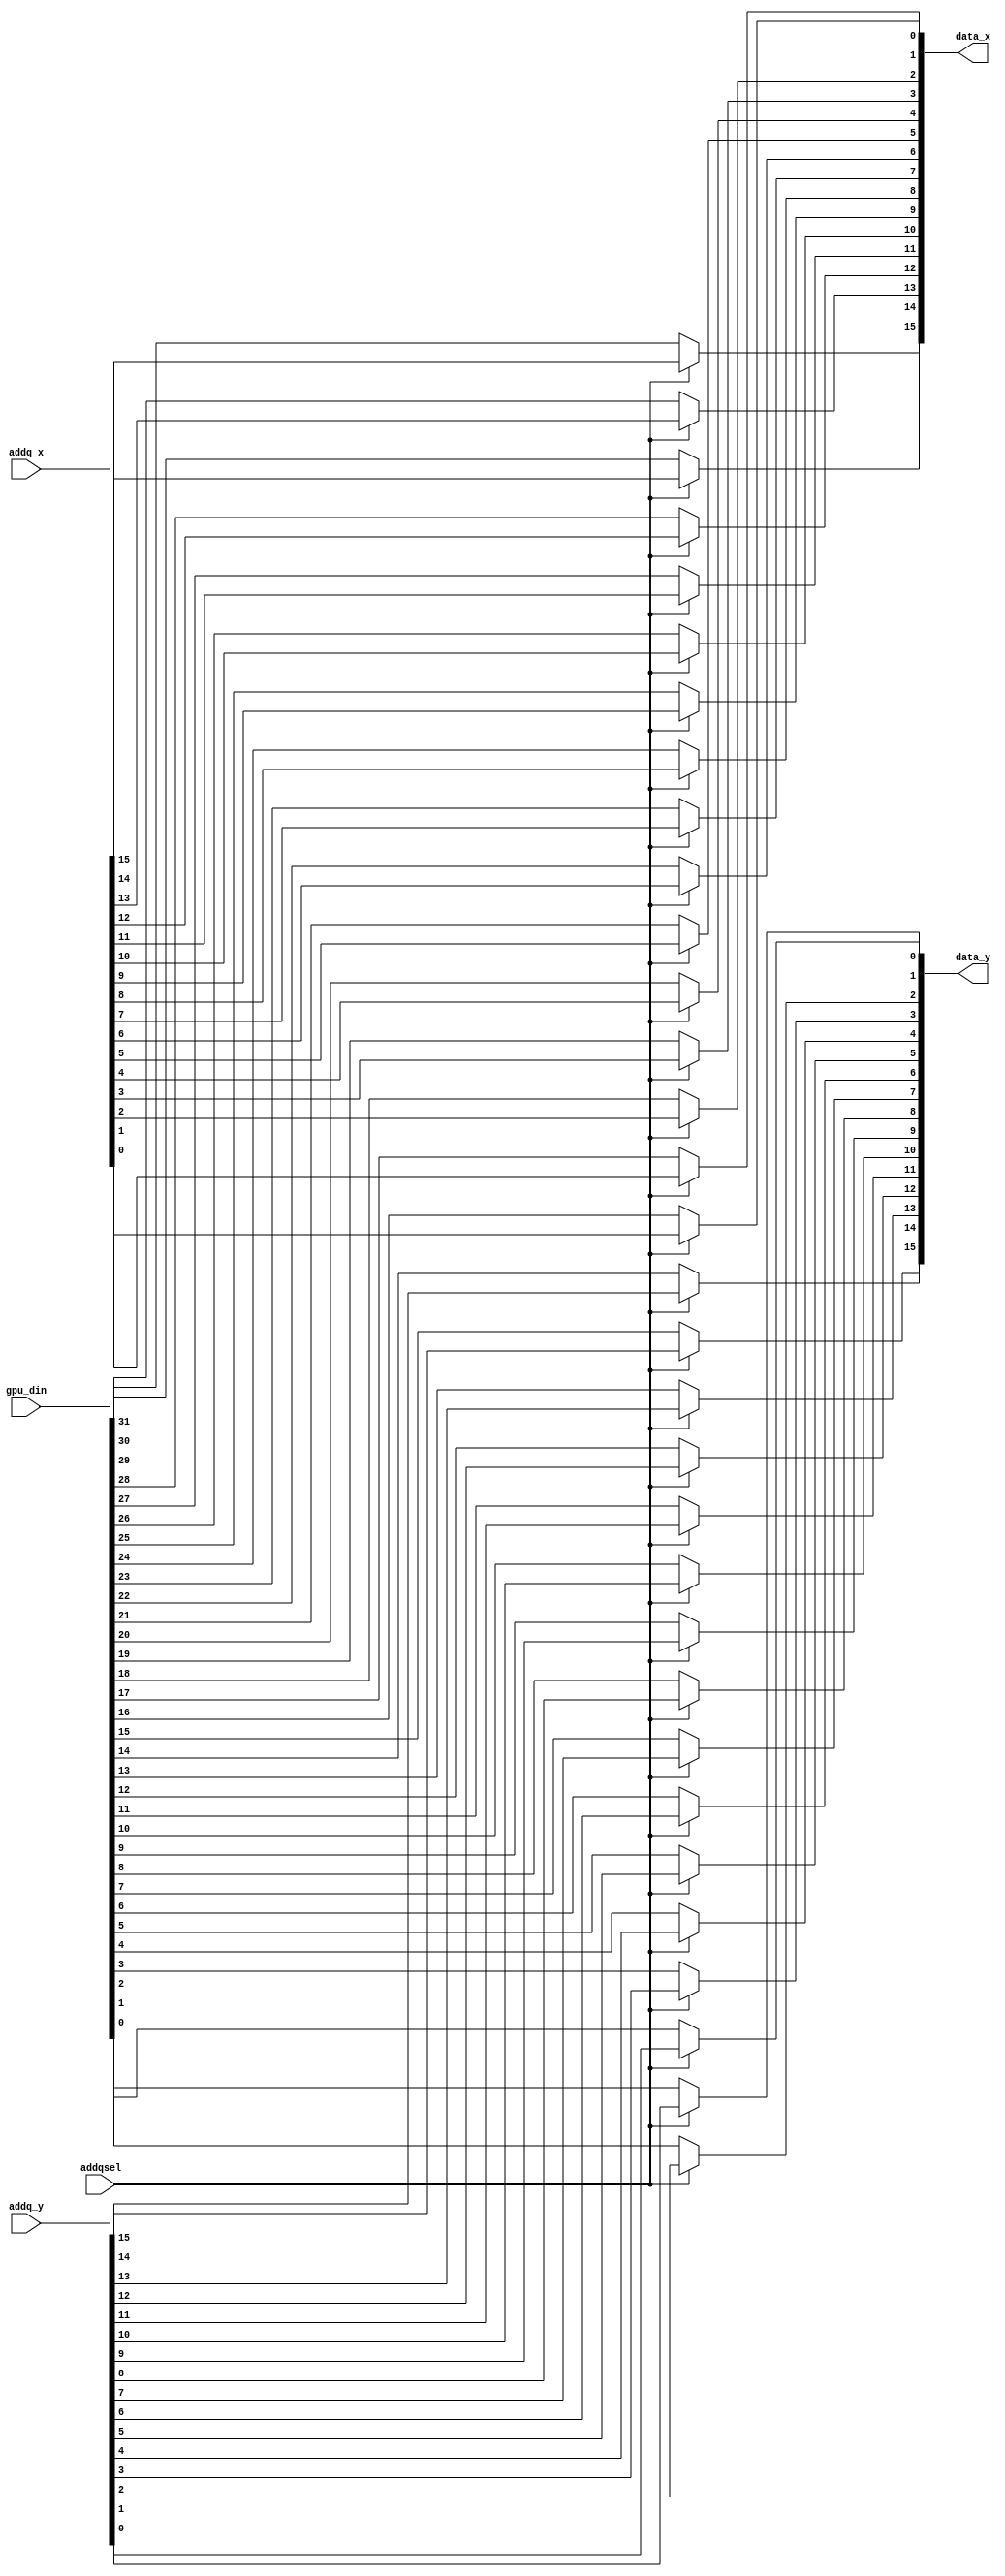
module datamux
(
	output [0:15] data_x,
	output [0:15] data_y,
	input [0:31] gpu_din,
	input [0:15] addq_x,
	input [0:15] addq_y,
	input addqsel
);
wire [0:15] gpu_lo;
wire [0:15] gpu_hi;
wire addqselb;

// ADDRMUX.NET (162) - gpu_lo : join
assign gpu_lo[0] = gpu_din[0];
assign gpu_lo[1] = gpu_din[1];
assign gpu_lo[2] = gpu_din[2];
assign gpu_lo[3] = gpu_din[3];
assign gpu_lo[4] = gpu_din[4];
assign gpu_lo[5] = gpu_din[5];
assign gpu_lo[6] = gpu_din[6];
assign gpu_lo[7] = gpu_din[7];
assign gpu_lo[8] = gpu_din[8];
assign gpu_lo[9] = gpu_din[9];
assign gpu_lo[10] = gpu_din[10];
assign gpu_lo[11] = gpu_din[11];
assign gpu_lo[12] = gpu_din[12];
assign gpu_lo[13] = gpu_din[13];
assign gpu_lo[14] = gpu_din[14];
assign gpu_lo[15] = gpu_din[15];

// ADDRMUX.NET (163) - gpu_hi : join
assign gpu_hi[0] = gpu_din[16];
assign gpu_hi[1] = gpu_din[17];
assign gpu_hi[2] = gpu_din[18];
assign gpu_hi[3] = gpu_din[19];
assign gpu_hi[4] = gpu_din[20];
assign gpu_hi[5] = gpu_din[21];
assign gpu_hi[6] = gpu_din[22];
assign gpu_hi[7] = gpu_din[23];
assign gpu_hi[8] = gpu_din[24];
assign gpu_hi[9] = gpu_din[25];
assign gpu_hi[10] = gpu_din[26];
assign gpu_hi[11] = gpu_din[27];
assign gpu_hi[12] = gpu_din[28];
assign gpu_hi[13] = gpu_din[29];
assign gpu_hi[14] = gpu_din[30];
assign gpu_hi[15] = gpu_din[31];

// ADDRMUX.NET (165) - addqselb : nivu
assign addqselb = addqsel;

// ADDRMUX.NET (166) - data_x : mx2
assign data_x[0] = (addqselb) ? addq_x[0] : gpu_lo[0];
assign data_x[1] = (addqselb) ? addq_x[1] : gpu_lo[1];
assign data_x[2] = (addqselb) ? addq_x[2] : gpu_lo[2];
assign data_x[3] = (addqselb) ? addq_x[3] : gpu_lo[3];
assign data_x[4] = (addqselb) ? addq_x[4] : gpu_lo[4];
assign data_x[5] = (addqselb) ? addq_x[5] : gpu_lo[5];
assign data_x[6] = (addqselb) ? addq_x[6] : gpu_lo[6];
assign data_x[7] = (addqselb) ? addq_x[7] : gpu_lo[7];
assign data_x[8] = (addqselb) ? addq_x[8] : gpu_lo[8];
assign data_x[9] = (addqselb) ? addq_x[9] : gpu_lo[9];
assign data_x[10] = (addqselb) ? addq_x[10] : gpu_lo[10];
assign data_x[11] = (addqselb) ? addq_x[11] : gpu_lo[11];
assign data_x[12] = (addqselb) ? addq_x[12] : gpu_lo[12];
assign data_x[13] = (addqselb) ? addq_x[13] : gpu_lo[13];
assign data_x[14] = (addqselb) ? addq_x[14] : gpu_lo[14];
assign data_x[15] = (addqselb) ? addq_x[15] : gpu_lo[15];

// ADDRMUX.NET (167) - data_y : mx2
assign data_y[0] = (addqselb) ? addq_y[0] : gpu_hi[0];
assign data_y[1] = (addqselb) ? addq_y[1] : gpu_hi[1];
assign data_y[2] = (addqselb) ? addq_y[2] : gpu_hi[2];
assign data_y[3] = (addqselb) ? addq_y[3] : gpu_hi[3];
assign data_y[4] = (addqselb) ? addq_y[4] : gpu_hi[4];
assign data_y[5] = (addqselb) ? addq_y[5] : gpu_hi[5];
assign data_y[6] = (addqselb) ? addq_y[6] : gpu_hi[6];
assign data_y[7] = (addqselb) ? addq_y[7] : gpu_hi[7];
assign data_y[8] = (addqselb) ? addq_y[8] : gpu_hi[8];
assign data_y[9] = (addqselb) ? addq_y[9] : gpu_hi[9];
assign data_y[10] = (addqselb) ? addq_y[10] : gpu_hi[10];
assign data_y[11] = (addqselb) ? addq_y[11] : gpu_hi[11];
assign data_y[12] = (addqselb) ? addq_y[12] : gpu_hi[12];
assign data_y[13] = (addqselb) ? addq_y[13] : gpu_hi[13];
assign data_y[14] = (addqselb) ? addq_y[14] : gpu_hi[14];
assign data_y[15] = (addqselb) ? addq_y[15] : gpu_hi[15];
endmodule